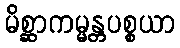
မိစ္ဆာကမ္မန္တပစ္စယာ